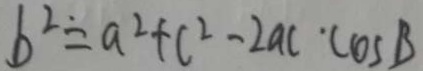
b ^ { 2 } \dot { = } a ^ { 2 } + c ^ { 2 } - 2 a c \cdot \cos B